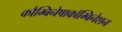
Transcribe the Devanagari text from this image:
कौम्बिनेषाकॉम्बिनेशन